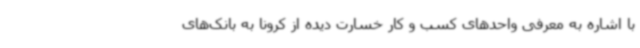
با اشاره به معرفی واحدهای کسب و کار خسارت دیده از کرونا به بانک‌های